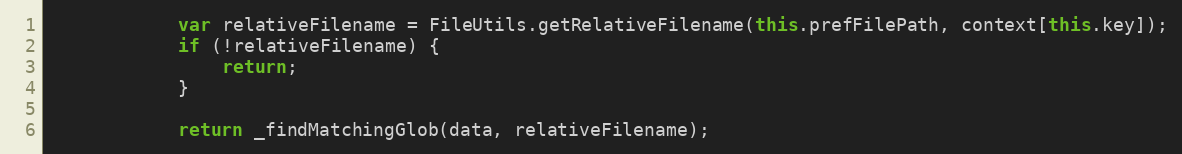
Language: JavaScript
            var relativeFilename = FileUtils.getRelativeFilename(this.prefFilePath, context[this.key]);
            if (!relativeFilename) {
                return;
            }

            return _findMatchingGlob(data, relativeFilename);